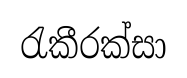
රැකීරක්සා